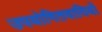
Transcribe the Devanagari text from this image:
उपयोगितवादियों